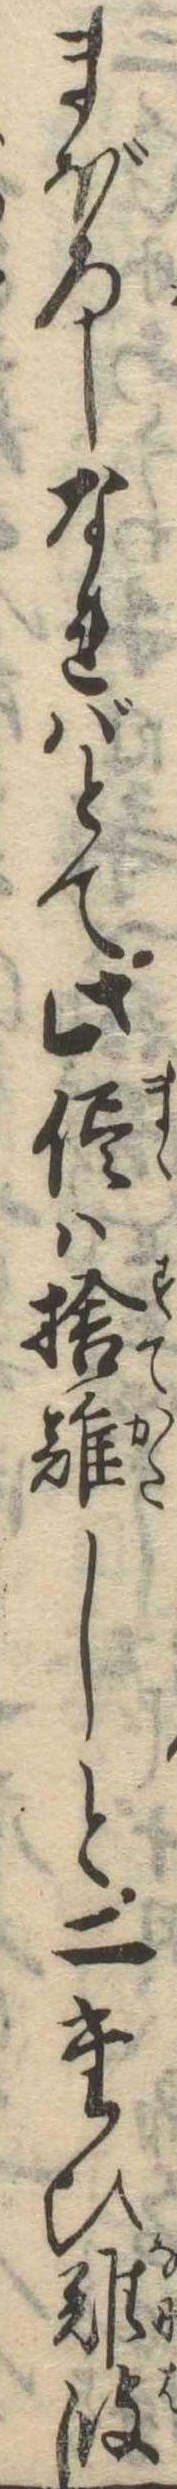
まぼろしなればとて此侭は捨難しと二たひ難波